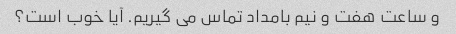
و ساعت هفت و نیم بامداد تماس می گیریم. آیا خوب است؟